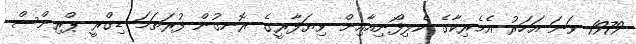
1979 ވަނަ އަހަރު އެމެރިކާގެ ކެލިފޯނިއާއިން ވިޔަފާރީގެ ރޮނގުން ފުރަތަމަ ޑިގްރީ ޕްރިންސް